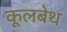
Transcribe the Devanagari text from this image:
कूलबेथ